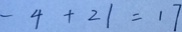
- 4 + 2 1 = 1 7